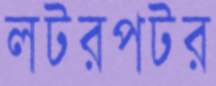
লটরপটর